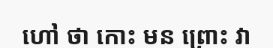
ហៅ ថា កោះ មន ព្រោះ វា